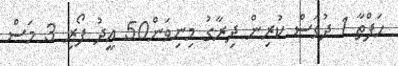
ހަފްތާ 1 ދުވަސް ކުރިން ދިރާގު މިނިވަން50 އީދު ފޯރި 3 މަސް